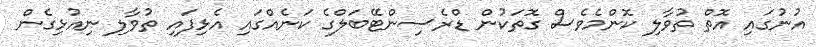
އުނުގައި އޮތް ތުވާލި ކޮންމެވެސް ގޮތަކުން ޑްރެސިންޓޭބަލްގެ ކަނެއްގައި އެޅިފައި ތުވާލި ނިއުޅިގެން